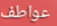
عواطف